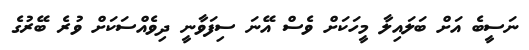
ނަސީބެ އަށް ބަލައިލާ މީހަކަށް ވެސް އޭނަ ސިފަވާނީ ދިވެއްސަކަށް ވުރެ ބޭރުގެ